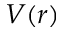
V ( r )